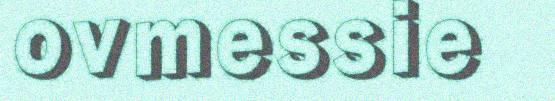
ovmessie